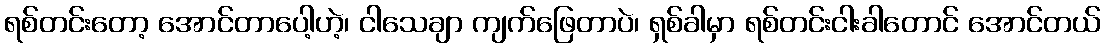
ရစ်တင်းတော့ အောင်တာပေါ့ဟဲ့၊ ငါသေချာ ကျက်ဖြေတာပဲ၊ ရှစ်ခါမှာ ရစ်တင်းငါးခါတောင် အောင်တယ်